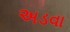
અડવા